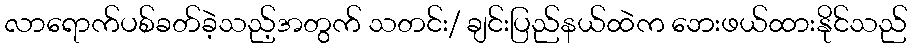
လာရောက်ပစ်ခတ်ခဲ့သည့်အတွက် သတင်း/ ချင်းပြည်နယ်ထဲက ဘေးဖယ်ထားနိုင်သည်